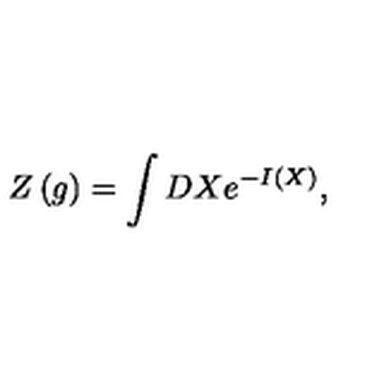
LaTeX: Z \left( g \right) = \int D X e ^ { - I ( X ) } ,